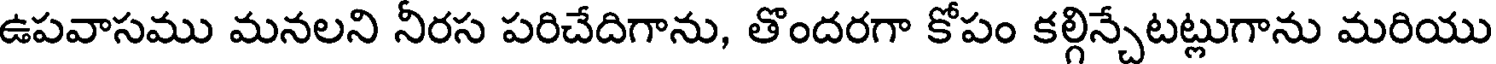
ఉపవాసము మనలని నీరస పరిచేదిగాను, తొందరగా కోపం కల్గిన్చేటట్లుగాను మరియు